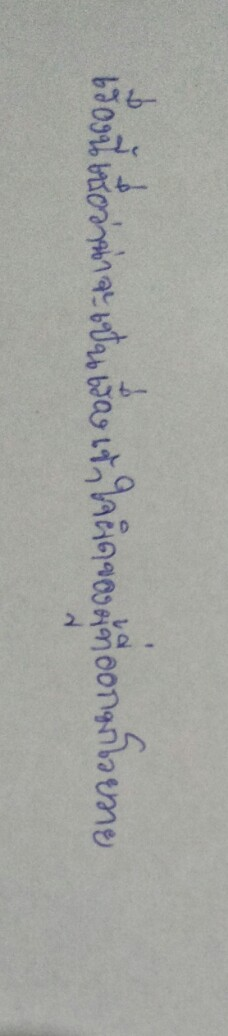
เรื่องนี้เชื่อว่าน่าจะเป็นเรื่องเข้าใจผิดของผู้ที่ออกมาโวยวาย